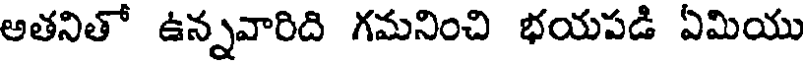
అతనితో ఉన్నవారిది గమనించి భయపడి ఏమియు